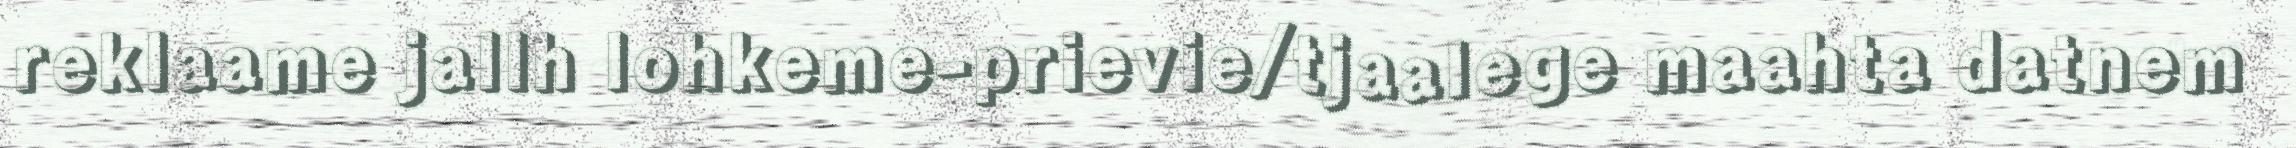
reklaame jallh lohkeme-prievie/tjaalege maahta datnem